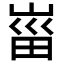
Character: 𡸟